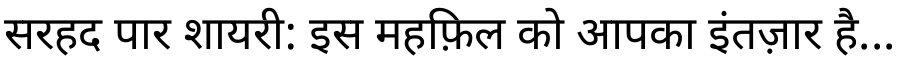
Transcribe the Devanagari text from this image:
सरहद पार शायरी: इस महफ़िल को आपका इंतज़ार है...